Indian journal of veterinary science and animal husbandry - Volume 9,
Year: 1939
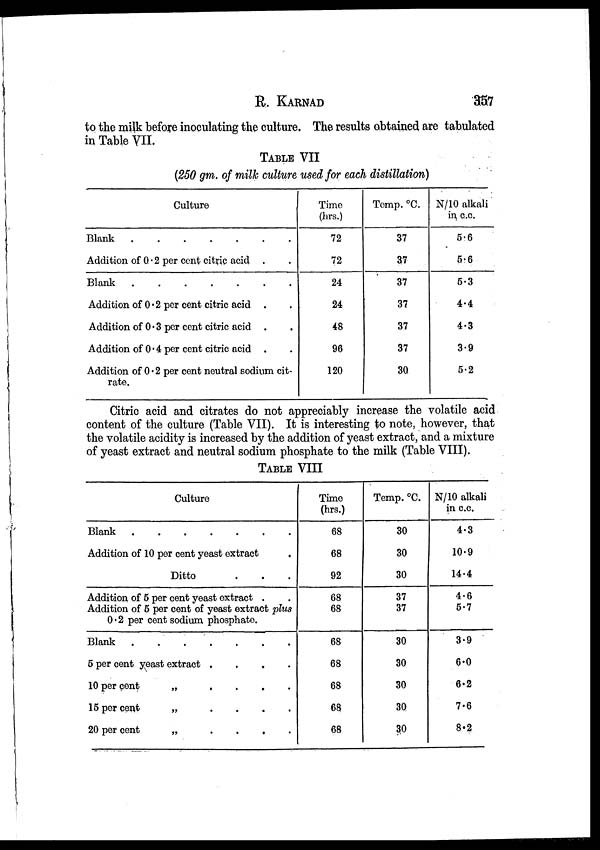
R.
KARNAD
357
to the milk before inoculating the culture. The results obtained are tabulated
in Table VII.
TABLE VII
(250 gm. of milk culture used for each distillation)
Culture
Blank
.......
Addition of 0 . 2 per cent citric acid . .
Blank
Addition of 0 . 2 per cent citric acid . .
Addition of 0 . 3 per cent citric acid . .
Addition of 0 . 4 per cent citric acid . .
Addition of 0 . 2 per cent neutral sodium cit-
rate.
Time
(hrs.)
72
72
24
24
48
96
120
Temp. °C.
37
37
37
37
37
37
30
N/10 alkali
in c.c.
5.6
5.6
5.3
4.4
4.3
3.9
5.2
Citric acid and citrates do not appreciably increase the volatile acid
content of the culture (Table VII). It is interesting to note, however, that
the volatile acidity is increased by the addition of yeast extract, and a mixture
of yeast extract and neutral sodium phosphate to the milk (Table VIII).
TABLE VIII
Culture
Blank
Addition of 10 per cent yeast extract
Ditto
Addition of 5 per cent yeast extract .
Addition of 5 per cent of yeast extract plus
0.2 per cent sodium phosphate.
Blank
5 per cent yeast extract . . . .
10 per cent
„
....
15 per cent
„
....
20 per cent
„
....
Time
(hrs.)
68
68
92
68
68
68
68
68
68
68
Temp. °C.
30
30
30
37
37
30
30
30
30
30
N/10 alkali
in c.c.
4.3
10.9
14.4
4.6
5.7
3.9
6.0
6.2
7.6
8.2